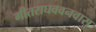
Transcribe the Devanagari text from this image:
गीतराघववनवास